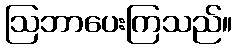
ဩဘာပေးကြသည်။